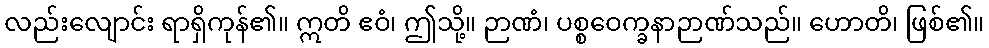
လည်းလျောင်း ရာရှိကုန်၏။ ဣတိ ဧဝံ၊ ဤသို့။ ဉာဏံ၊ ပစ္စဝေက္ခနာဉာဏ်သည်။ ဟောတိ၊ ဖြစ်၏။